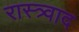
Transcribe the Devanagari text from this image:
रास्त्र्वाद